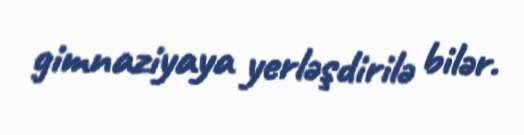
gimnaziyaya yerləşdirilə bilər.